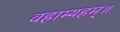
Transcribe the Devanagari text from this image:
वहाम्यहम्॥